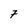
Character: 7